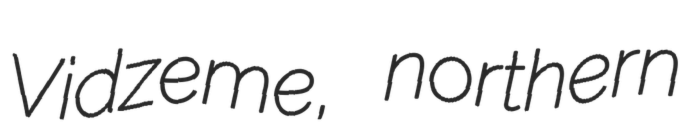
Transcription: Vidzeme, northern